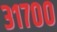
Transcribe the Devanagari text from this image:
३१७००